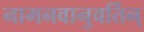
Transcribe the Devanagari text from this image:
नामनवानुवर्तिन्